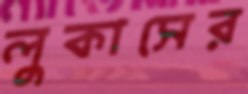
লুকাসের